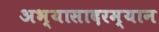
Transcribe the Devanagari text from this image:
अभ्यासादरम्यान